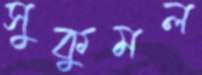
সুকুমল